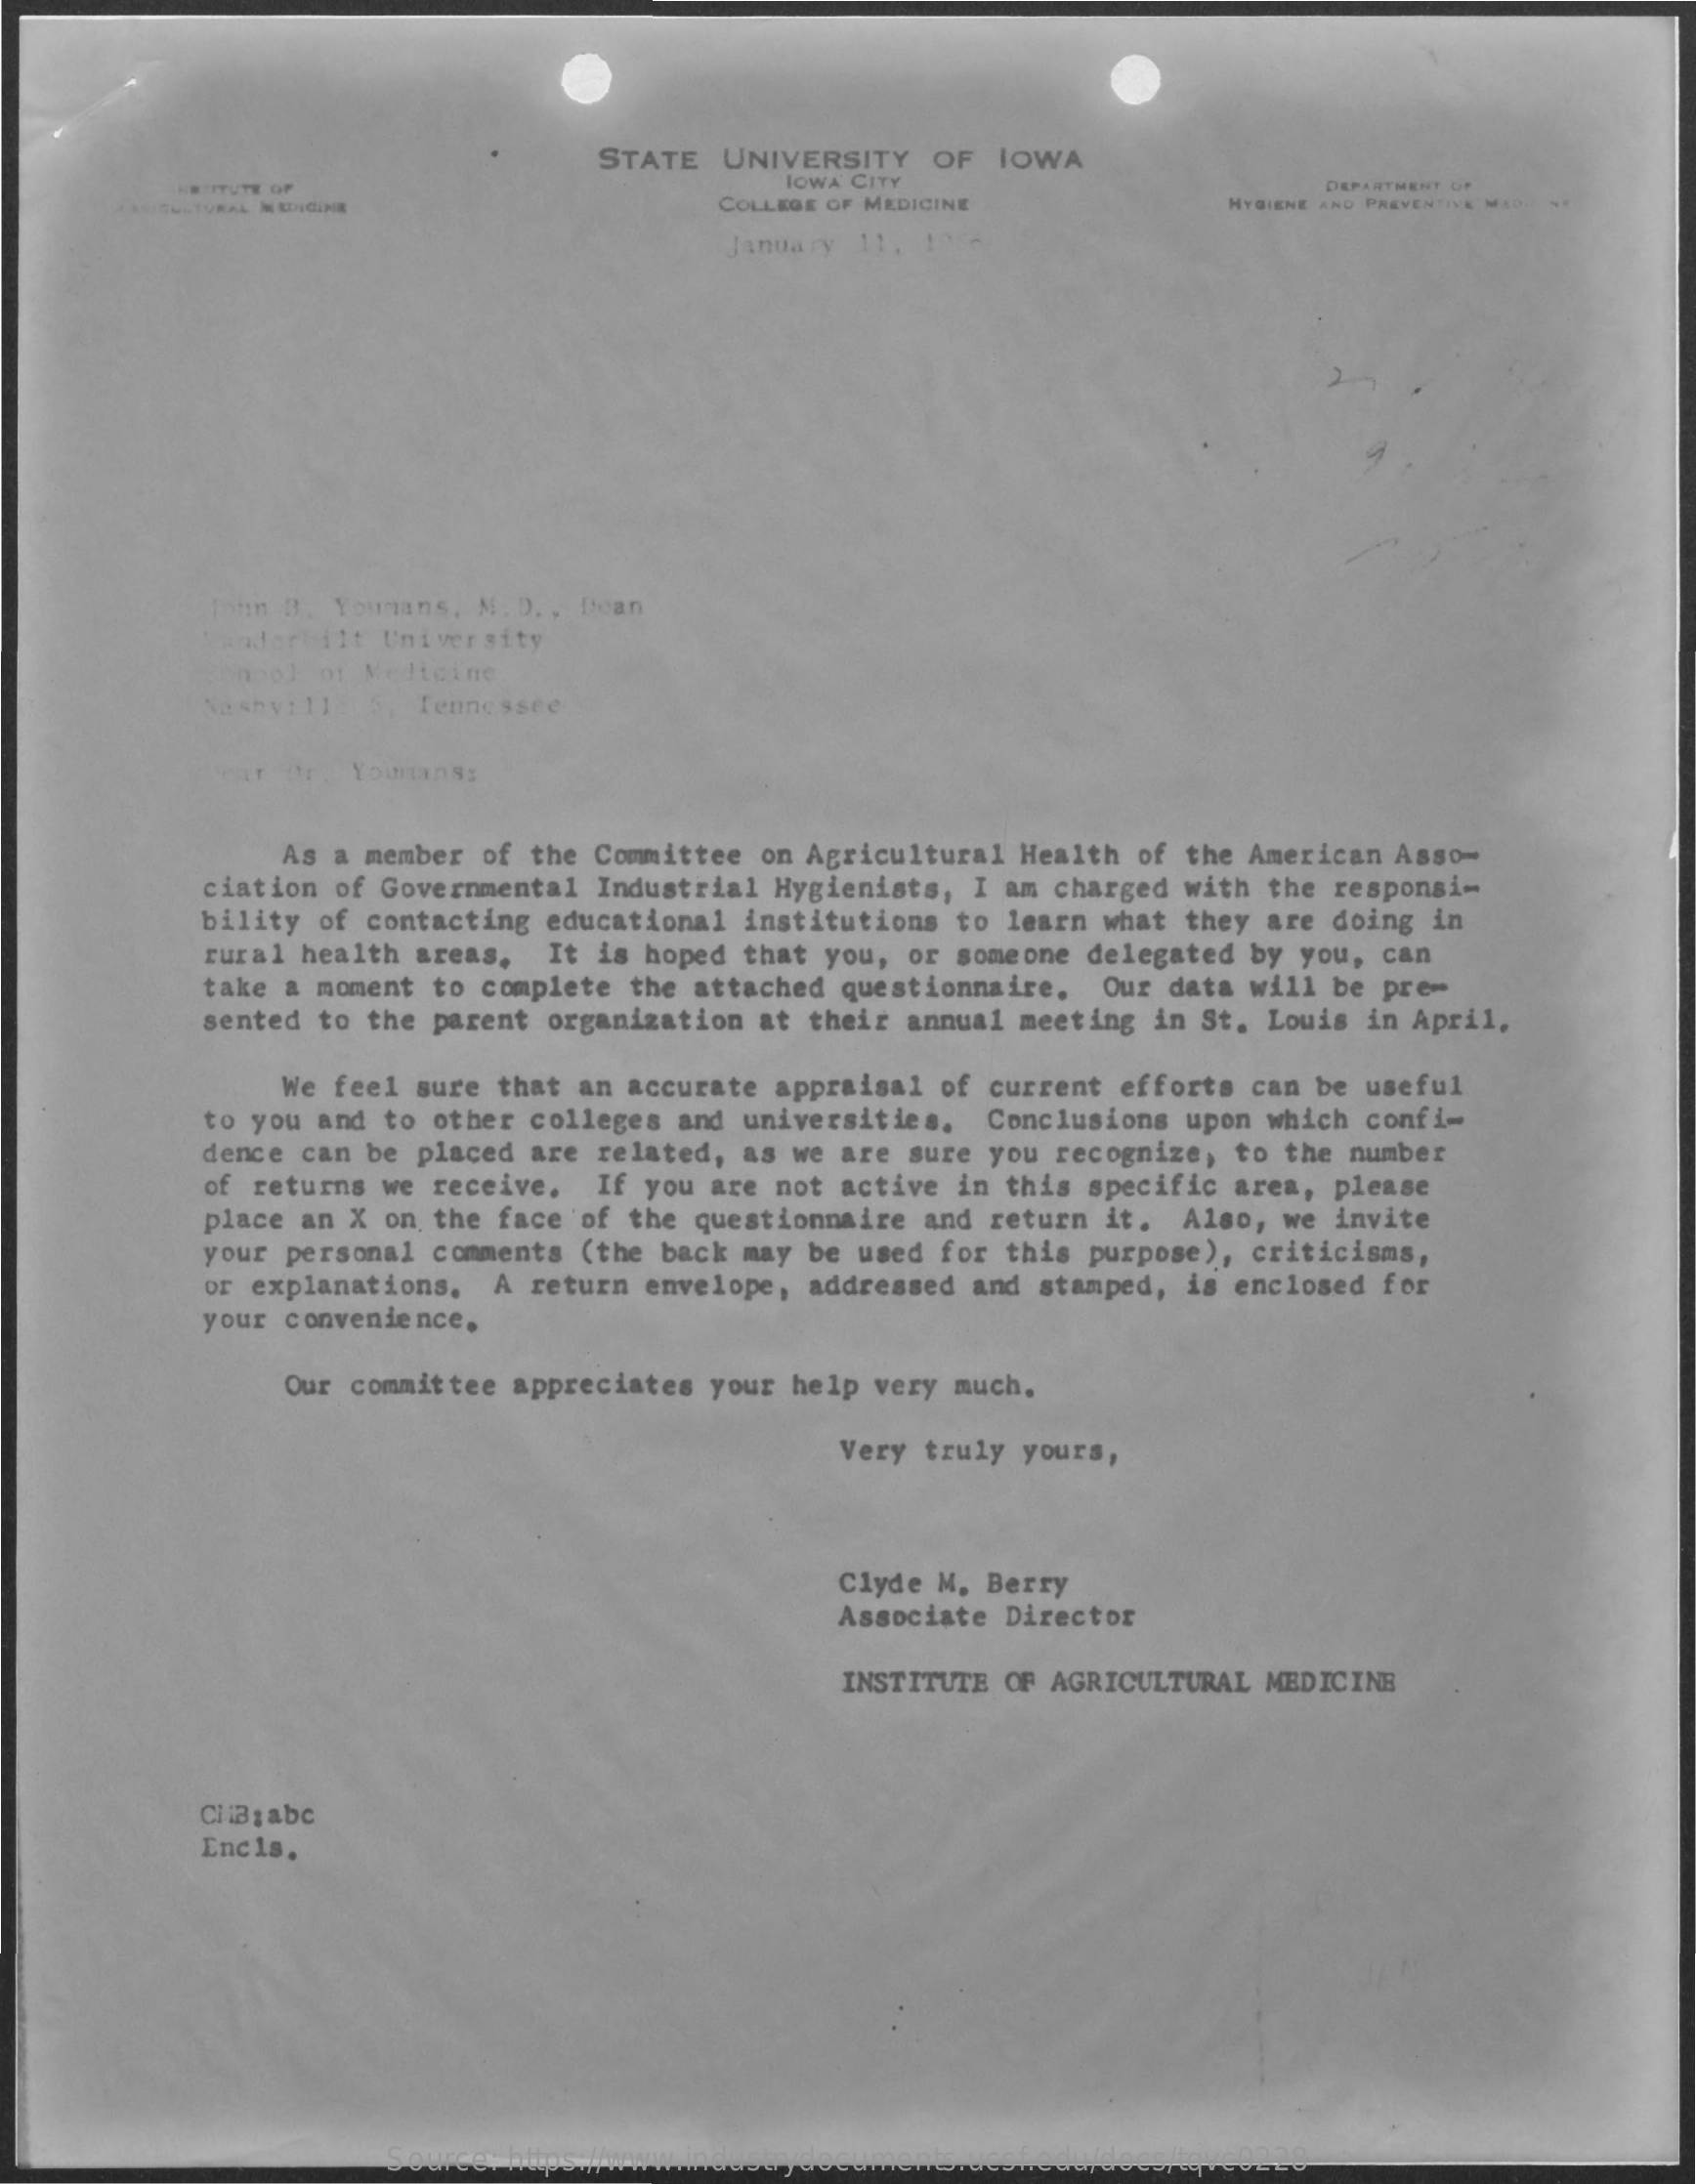
STATE  UNIVERSITY OF IOWA
     HR ITUTE OF
     IOWA CITY
     COLLEGE OF MEDICINE
     DEPARTMENT OF
     CULTURAL MEDICINE    HYGIENE AND PREVENTIVE MADE
     January 11.
     John B. Youmans, M. D. , Dean
     anderbilt University
     onpol of Medicine
     Na shy: 11 5, Tennessee
     IT Or. Yourans:
     As a member of the Committee on Agricultural Health of the American Asso-
     ciation of Governmental Industrial Hygienists, I am charged with the responsi-
     bility of contacting educational institutions to learn what they are doing in
     rural health areas. It is hoped that you, or someone delegated by you, can
     take a moment to complete the attached questionnaire. Our data will be prew
     sented to the parent organization at their annual meeting in St. Louis in April,
     We feel sure that an accurate appraisal of current efforts can be useful
     to you and to other colleges and universities. Conclusions upon which confi-
     dence can be placed are related, as we are sure you recognize, to the number
     of returns we receive. If you are not active in this specific area, please
     place an X on the face of the questionnaire and return it. Also, we invite
     your personal comments (the back may be used for this purpose), criticisms,
     or explanations. A return envelope, addressed and stamped, is enclosed for
     your convenience.
     Our committee appreciates your help very much.
     Very truly yours,
     Clyde M. Berry
     Associate Director
     INSTITUTE OF AGRICULTURAL MEDICINE
     CliB; abc
     Encls.
     Source: https://www.industrydocuments.ucsf.edu/docs/tqvc0228